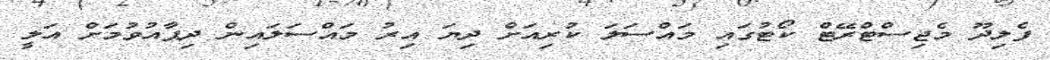
ފެލިދޫ މެޖިސްޓްރޭޓް ކޯޓުގައި މައްސަލަ ކުރިއަށް ދިޔަ އިރު މައްސަލައިން ދިފާއުވުމަށް އަލީ